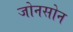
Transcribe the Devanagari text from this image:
जोनसोन